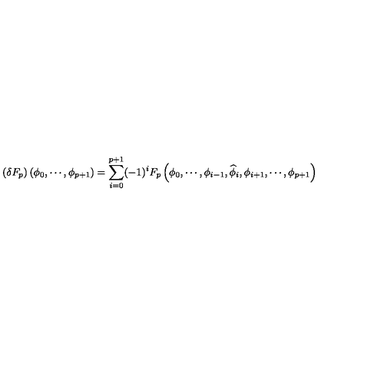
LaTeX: \left( \delta F _ { p } \right) \left( \phi _ { 0 } , \cdots , \phi _ { p + 1 } \right) = \sum _ { i = 0 } ^ { p + 1 } ( - 1 ) ^ { i } F _ { p } \left( \phi _ { 0 } , \cdots , \phi _ { i - 1 } , \widehat { \phi } _ { i } , \phi _ { i + 1 } , \cdots , \phi _ { p + 1 } \right)